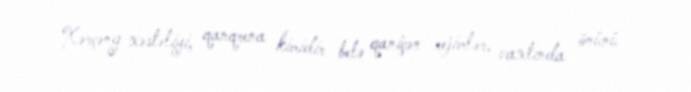
Xərçəng xəstəliyi, qanqrena kimidir belə qaniçən rejimlər, vaxtında önünü